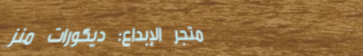
متجر الإبداع: ديكورات منز